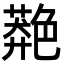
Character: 䒎